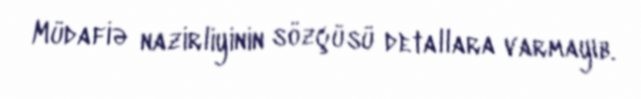
Müdafiə nazirliyinin sözçüsü detallara varmayıb.